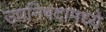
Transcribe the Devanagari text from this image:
उपनिषदामध्ये